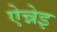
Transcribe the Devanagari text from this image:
ऐन्नेइ